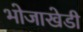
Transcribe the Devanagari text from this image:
भोजाखेडी